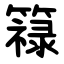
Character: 簶